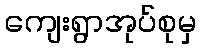
ကျေးရွာအုပ်စုမှ